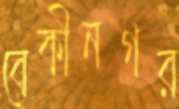
বেকীনগর